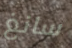
سانغ